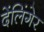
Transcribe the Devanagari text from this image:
देंलिंगेर